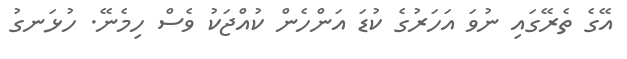
އޭގެ ތެރޭގައި ނުވަ އަހަރުގެ ކުޑަ އަންހެން ކުއްޖަކު ވެސް ހިމެނޭ. ހުޅަނގު